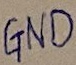
Text: GND